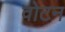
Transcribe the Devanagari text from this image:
वोटन